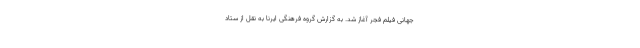
جهانی فیلم فجر آغاز شد. به گزارش گروه فرهنگی ایرنا به نقل از ستاد